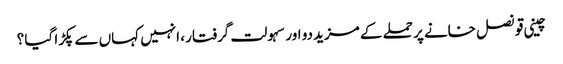
چینی قونصل خانے پر حملے کے مزید دو اور سہولت گرفتار ، انہیں کہاں سے پکڑا گیا ؟